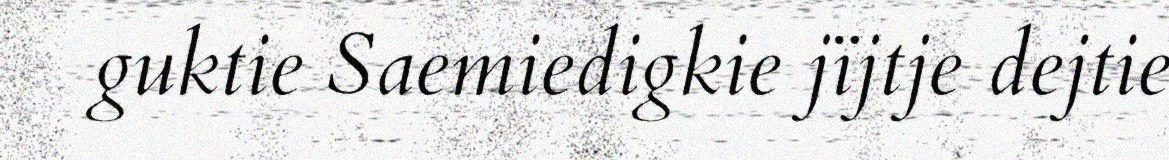
guktie Saemiedigkie jïjtje dejtie